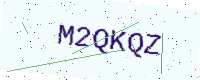
Text: M2QKQZ